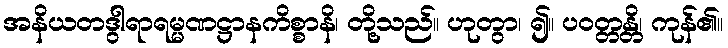
အနိယတဒွါရာရမ္မဏဋ္ဌာနကိစ္စာနိ၊ တို့သည်။ ဟုတွာ၊ ၍။ ပဝတ္တန္တိ၊ ကုန်၏။